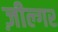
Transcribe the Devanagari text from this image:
ज़ील्‍गर